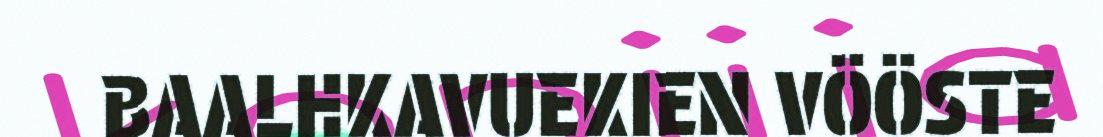
BAALHKAVUEKIEN VÖÖSTE